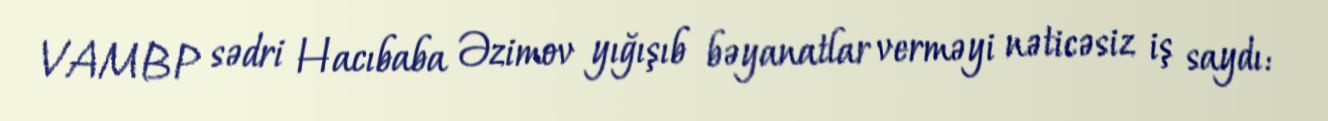
VAMBP sədri Hacıbaba Əzimov yığışıb bəyanatlar verməyi nəticəsiz iş saydı: